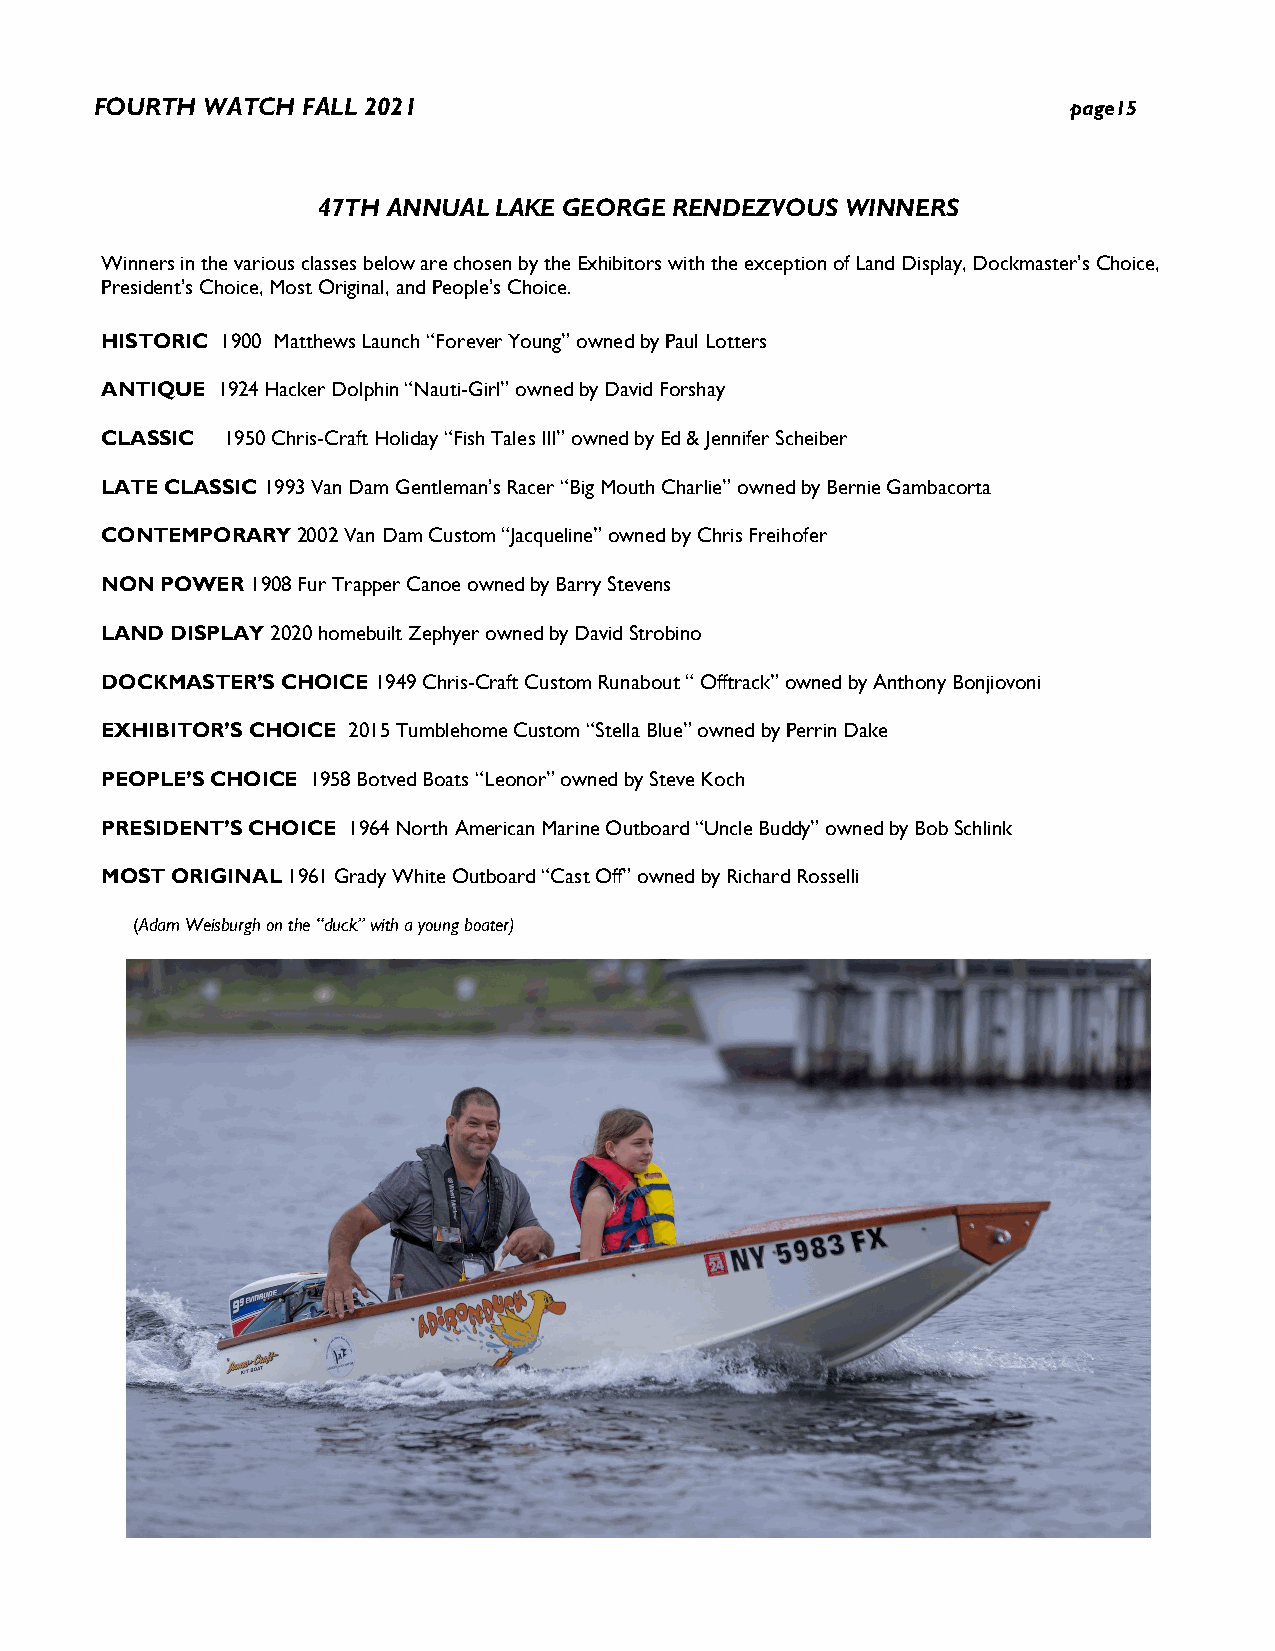
FOURTH WATCH  FALL 2021                                          page15
 47TH ANNUAL LAKE GEORGE RENDEZVOUS WINNERS
 Winners in the various classes below are chosen by the Exhibitors with the exception of Land Display, Dockmaster’s Choice,
 President’s Choice, Most Original, and People’s Choice.
 HISTORIC 1900 Matthews Launch “Forever Young” owned by Paul Lotters
 ANTIQUE 1924 Hacker Dolphin “Nauti-Girl” owned by David Forshay
 CLASSIC 1950 Chris-Craft Holiday “Fish Tales III” owned by Ed & Jennifer Scheiber
 LATE CLASSIC 1993 Van Dam Gentleman’s Racer “Big Mouth Charlie” owned by Bernie Gambacorta
 CONTEMPORARY 2002 Van Dam Custom “Jacqueline” owned by Chris Freihofer
 NON POWER 1908 Fur Trapper Canoe owned by Barry Stevens
 LAND DISPLAY 2020 homebuilt Zephyer owned by David Strobino
 DOCKMASTER’S CHOICE 1949 Chris-Craft Custom Runabout “ Offtrack” owned by Anthony Bonjiovoni
 EXHIBITOR’S CHOICE 2015 Tumblehome Custom “Stella Blue” owned by Perrin Dake
 PEOPLE’S CHOICE 1958 Botved Boats “Leonor” owned by Steve Koch
 PRESIDENT’S CHOICE 1964 North American Marine Outboard “Uncle Buddy” owned by Bob Schlink
 MOST ORIGINAL 1961 Grady White Outboard “Cast Off” owned by Richard Rosselli
 (Adam Weisburgh on the “duck” with a young boater)